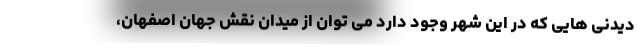
دیدنی هایی که در این شهر وجود دارد می توان از میدان نقش جهان اصفهان،